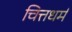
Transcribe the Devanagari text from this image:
चित्तधर्म